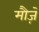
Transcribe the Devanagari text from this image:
मौज़े